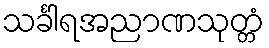
သင်္ခါရအညာဏသုတ္တံ